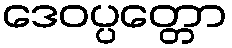
ဒေဝပ္ပတ္တော